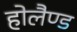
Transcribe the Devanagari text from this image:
होलैण्ड